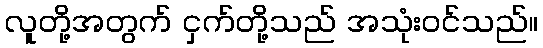
လူတို့အတွက် ငှက်တို့သည် အသုံးဝင်သည်။